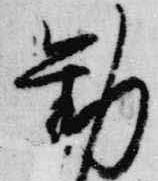
勧